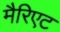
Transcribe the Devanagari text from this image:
मैरिएट